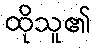
ထိုသူ၏